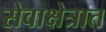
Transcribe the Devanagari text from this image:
सेवाक्षेत्रात